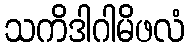
သကိဒါဂါမိဖလံ